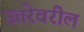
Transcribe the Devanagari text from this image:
उत्तरेवरील